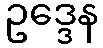
ဥဒ္ဒေန